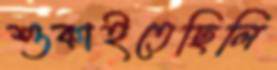
শুকাইতেছিলি